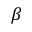
\beta